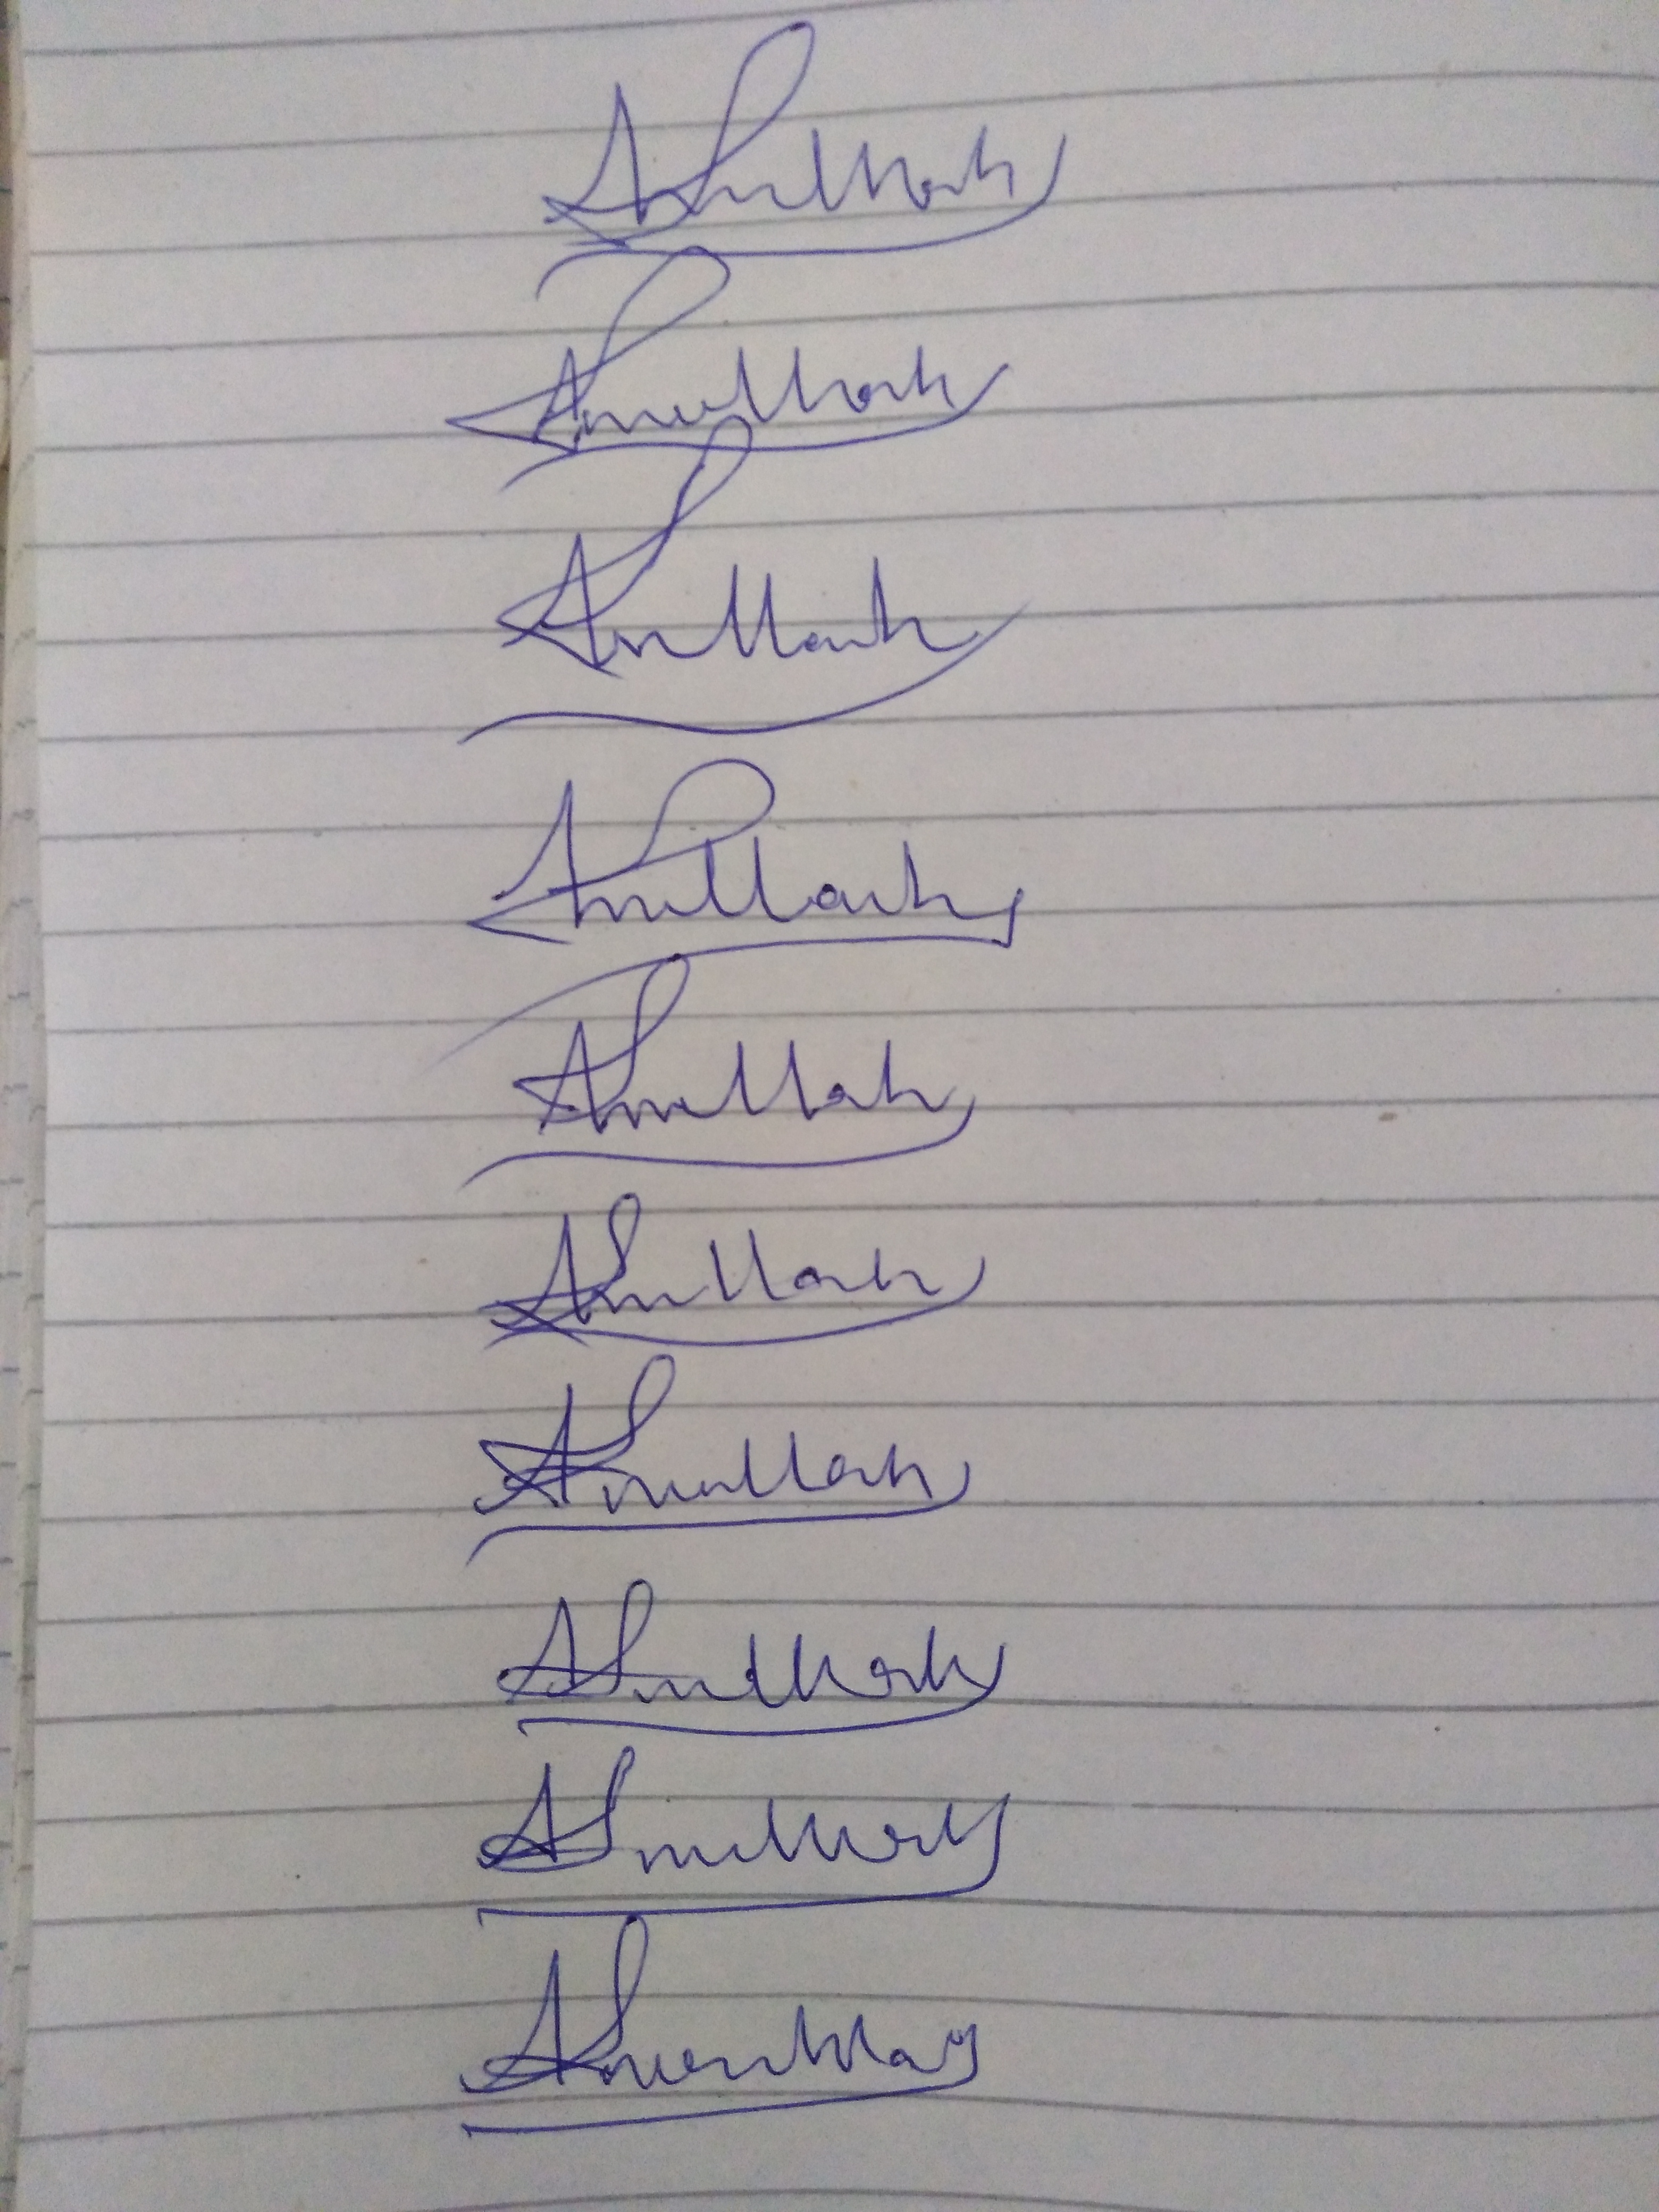
Signature authenticity: forged